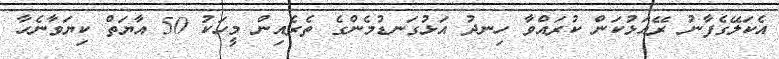
އެކަލޭގެފާނު ރޭއަޅުކަން ކުރައްވާ ހިނދު އަޅުގަނޑުމެންގެ ތެރެއިން މީހަކު 50 އާޔަތް ކިޔަވާނެހާ